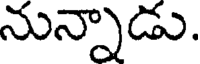
నున్నాడు.